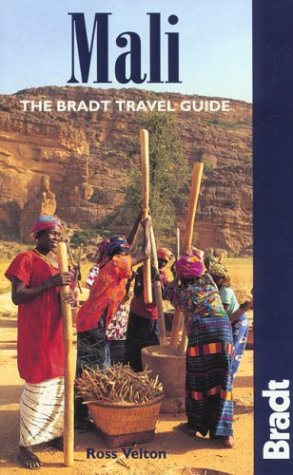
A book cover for Mali (Bradt Travel Guide Mali); Ross Velton; Travel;